Medical and sanitary report of the native army of Bengal for the year
Year: 1875
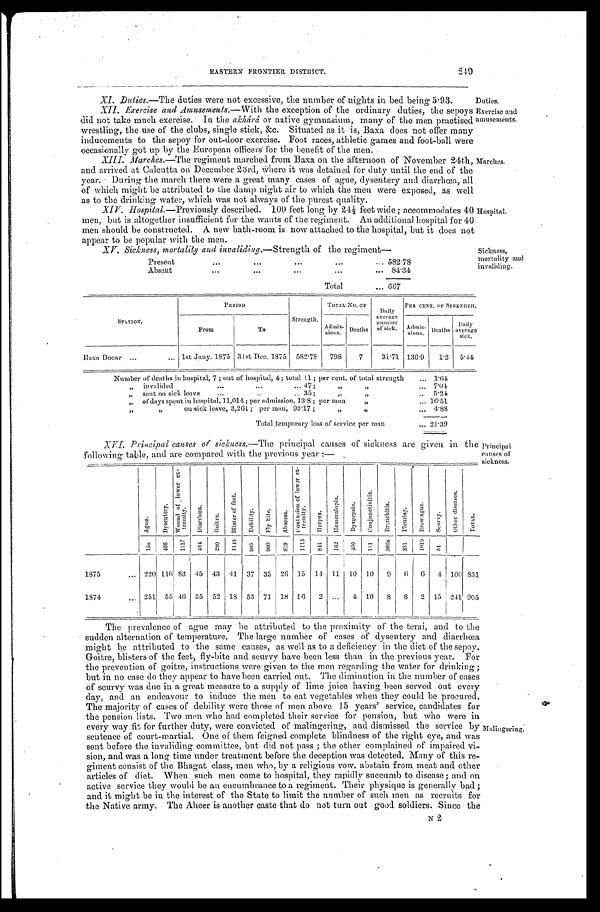
249
EASTERN FRONTIER DISTRICT.
XI. Duties.—The duties were not excessive, the number of nights in bed being 5.93.
XII. Exercise and Amusements. — W i t h t h e e x c e p t i o n o f t h e o r d i n a r y d u t i e s , t h e s e p o y s
did not take much exercise. In the akhárá or native gymnasium, many of the men practised
wrestling, the use of the clubs, single stick, &c. Situated as it is, Baxa does not offer many
inducements to the sepoy for out-door exercise. Foot races, athletic games and foot-ball were
occasionally got up by the European officers for the benefit of the men.
XIII. Marches.—The regiment marched from Baxa on the afternoon of November 24th,
and arrived at Calcutta on December 23rd, where it was detained for duty until the end of the
year. During the march there were a great many cases of ague, dysentery and diarrhœa, all
of which might be attributed to the damp night air to which the men were exposed, as well
as to the drinking water, which was not always of the purest quality.
XIV. Hospital.—Previously described. 100 feet long by 24½ feet wide; accommodates 40
men, but is altogether insufficient for the wants of the regiment. An additional hospital for 40
men should be constructed. A new bath-room is now attached to the hospital, but it does not
appear to be popular with the men.
XV. Sickness, mortality and invaliding. —Strength of the regiment—
Present
582.78
A b s e n t
8 4 . 3 4
Total
667
Duties.
Exercise and
amusements.
Marches.
Hospital.
Sickness,
mortality and
invaliding.
S T A T I O N .
PERIOD
Strength.
TOTAL No. OF Dail
y average
number of si ck.
PER CENT. OF STRENGTH.
From
To
Admis-
sions. Deaths
Admis- sions.
Deaths Dail
y average
si ck.
Baxa Dooar
1st Jany. 1875 31st Dec. 1875 582.78 798 7 31.71 136. 9
1.2 5.44
Number of deaths in hospital, 7; out of hospital, 4; total 11; per cent. of total strength
1. 64
" invalided 47; " "
7. 04
" sent on sick leave 35; " "
5.24
" of days spent in hospital, 11,014; per admission, 13.8; per man "
16.51
" " o n s i c k l e a v e , 3 , 2 6 1 ; p e r m a n , 9 3 . 1 7 ; " "
4. 88
Total temporary loss of service per man
21.39
XVI. Principal causes of sickness. —The principal causes of sickness are given in the
following table, and are compared with the previous year:—
Principal
causes of
sickness.
A g u e . Dy s e n t r y .
W o u n d o f l o w e r e x - t r e n i t y .
D i a r r h œ a .
G o i t r e .
B l i s t e r o f f e e t . D e b i l i t y . F l y b i t e . A b s e e s s .
C o n t u s i o n o f l o w e r e x - t r e m i t y .
H e r p e s . H e m e r a l o p i a . D y s p e p s i a .
C o n j u n c t i v i t i s .
B r o n c h i t i s . P l e u r i s y . B r o w a g u e .
S c u r v y .
O t h e r d i s e a s e s .
T O T A L .
1 5 a 466 1 1 7 7 4 8 4 2 8 0 1 1 4 8 9 0 5 9 0 0 8 1 9 1 1 1 5 8 4 1 1 6 2 4 6 0 1 1 1 3 0 6 a 3 3 1 1 0 1 b 5 4
1 8 7 5
2 2 0
116 83 45 43
4 1
37 35 26 15 14 11 10 10 9 6 6 4 100 831
1 8 7 4 251 55 46 35 52 18 53 71 18 16 2
4 10 8 8 2 15 241 905
The prevalence of ague may be attributed to the proximity of the terai, and to the
sudden alternation of temperature. The large number of cases of dysentery and diarrhœa
might be attributed to the same causes, as well as to a deficiency in the diet of the sepoy.
Goitre, blisters of the feet, fly-bite and scurvy have been less than in the previous year. For
the prevention of goitre, instructions were given to the men regarding the water for drinking;
but in no case do they appear to have been carried out. The diminution in the number of cases
of scurvy was due in a great measure to a supply of lime juice having been served out every
day, and an endeavour to induce the men to eat vegetables when they could be procured.
The majority of cases of debility were those of men above 15 years' service, candidates for
the pension lists. Two men who had completed their service for pension, but who were in
every way fit for further duty, were convicted of malingering, and dismissed the service by
sentence of court-martial. One of them feigned complete blindness of the right eye, and was
sent before the invaliding committee, but did not pass; the other complained of impaired vi
-sion, and was a long time under treatment before the deception was detected. Many of this re
-giment consist of the Bhagat class, men who, by a religious vow, abstain from meat and other
articles of diet. When such men come to hospital, they rapidly succumb to disease; and on
active service they would be an encumbrance to a regiment. Their physique is generally bad;
and it might be in the interest of the State to limit the number of such men as recruits for
the Native army. The Aheer is another caste that do not turn out good soldiers. Since the
Malingering.
N 2